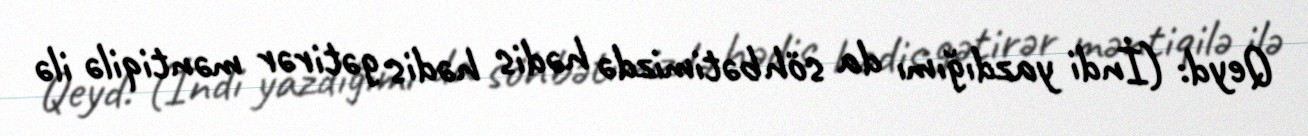
Qeyd: (İndi yazdığımı da söhbətimizdə hədis hədis gətirər məntiqilə ilə